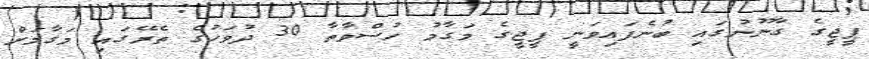
ޕީޖީގެ ގާނޫނުގައި ބުނެފައިވަނީ ޕީޖީގެ މަގާމު ހުސްވާތާ 30 ދުވަހުގެ ތެރޭގައި މަގާމަށް